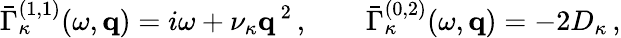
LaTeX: \bar{\Gamma}_{\kappa}^{(1,1)}(\omega,{\mathbf q})=i\omega+\nu_{\kappa}{\mathbf q}^{\, 2}\, ,\qquad\bar{\Gamma}_{\kappa}^{(0,2)}(\omega,{\mathbf q})=-2D_{\kappa}\, ,